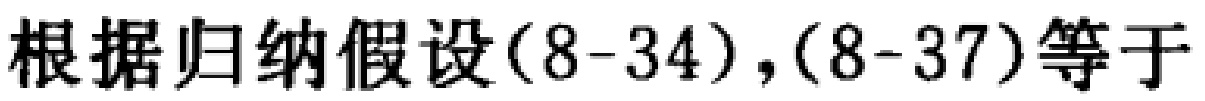
根据归纳假设(8-34),(8-37)等于